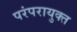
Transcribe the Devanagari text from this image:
परंपरायुक्त